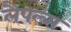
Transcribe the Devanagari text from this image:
लैपल्स